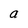
Character: a